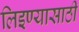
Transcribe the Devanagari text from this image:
लिइण्यासाठी